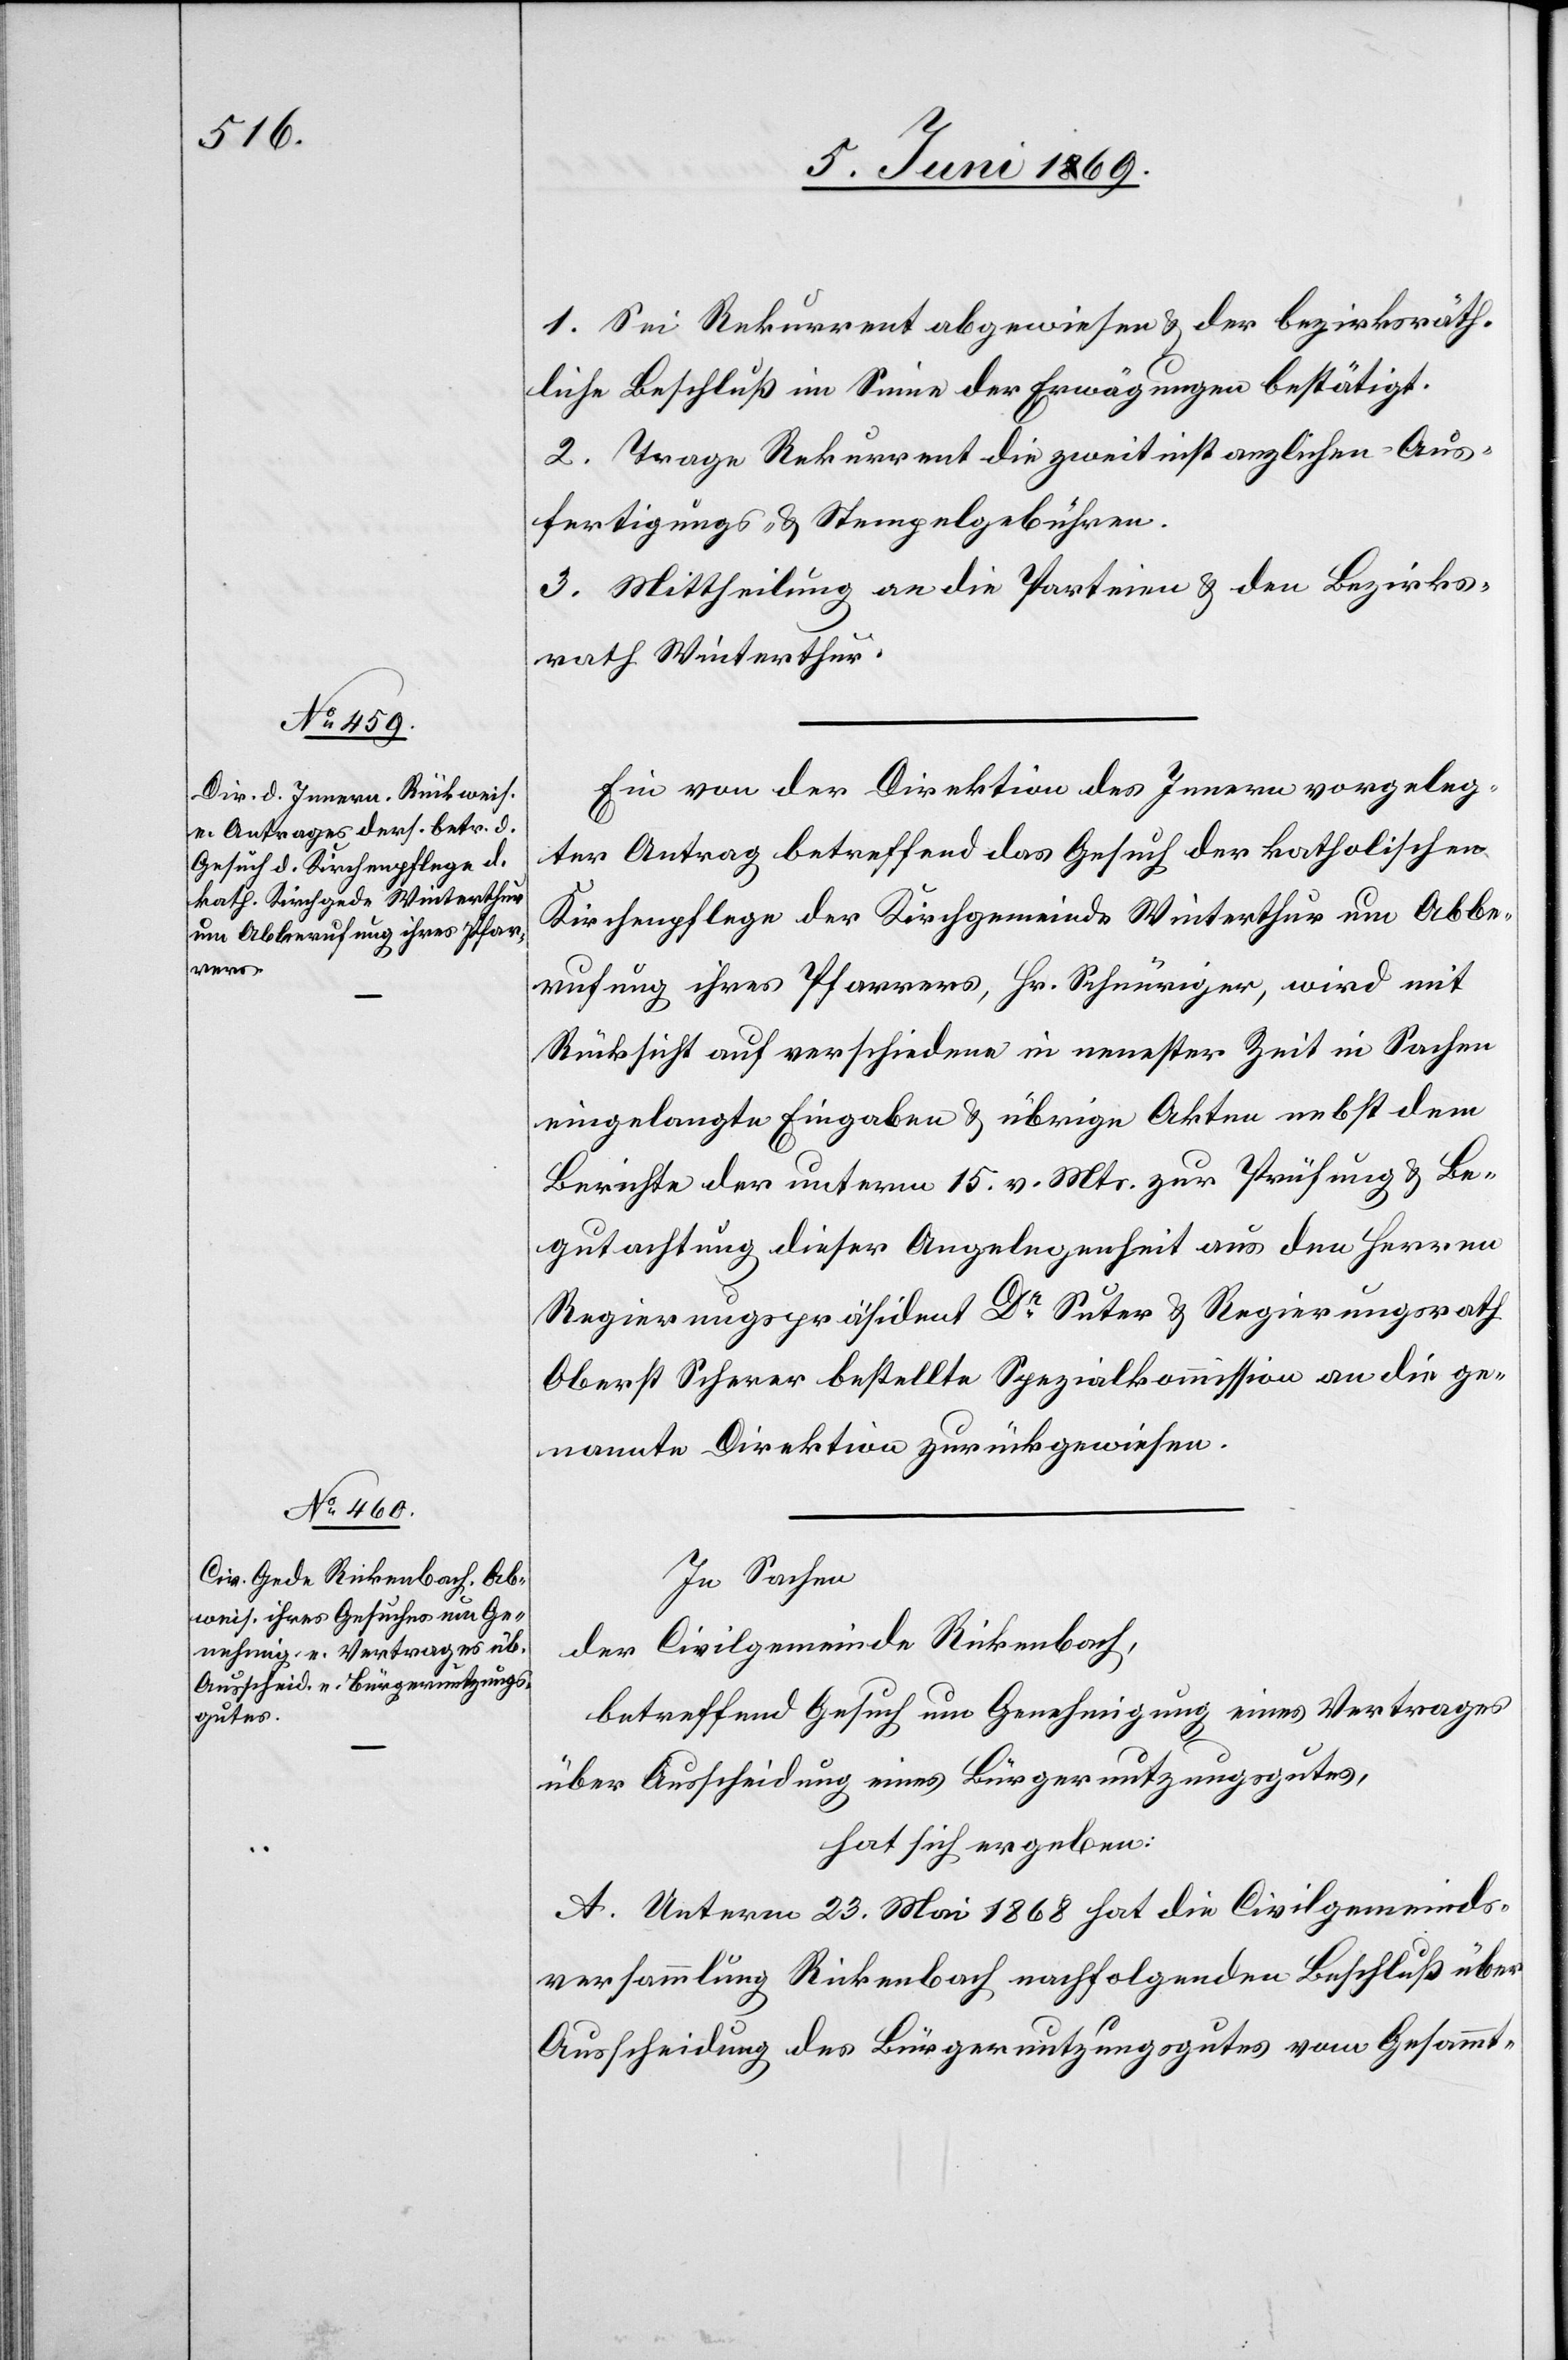
1. Sei Rekurrent abgewiesen u. der bezirksräth¬
liche Beschluß im Sinne der Erwägungen bestätigt.
2. Trage Rekurrent die zweitinstanzlichen Aus¬
fertigungs- u. Stempelgebühren.
3. Mittheilung an die Parteien u. den Bezirks¬
rath Winterthur.
Ein von der Direktion des Innern vorgeleg¬
ter Antrag betreffend das Gesuch der katholischen
Kirchenpflege der Kirchgemeinde Winterthur um Abbe¬
rufung ihres Pfarrers, Hr. Schnüriger, wird mit
Rücksicht auf verschiedene in neuester Zeit in Sachen
eingelangte Eingaben u. übrigen Akten nebst dem
Berichte der unterm 15 v. Mts. zur Prüfung u. Be¬
gutachtung dieser Angelegenheit aus den Herren
Regierungspräsident Dr Suter u. Regierungsrath
Oberst Scherer bestellte Spezialkommission an die ge¬
nannte Direktion zurückgewiesen.
In Sachen
der Civilgemeinde Rickenbach,
betreffend Gesuch um Genehmigung eines Vertrages
über Ausscheidung eines Bürgernutzungsgutes,
hat sich ergeben:
A. Unterm 23. Mai 1868 hat die Civilgemeinds¬
versammlung Rickenbach nachfolgenden Beschluß über
Ausscheidung des Bürgernutzungsgutes vom Gesammt-